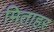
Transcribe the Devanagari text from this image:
मिताहर